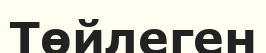
Төйлеген